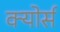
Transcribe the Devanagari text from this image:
क्योर्स